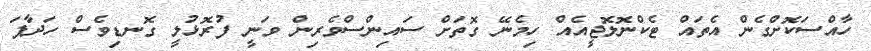
ހާއްސަކޮށްގެން އެތައް ޓެކްނޮލޮޖީއެއް ހިމެނޭ ގޮތަށް ސައިންސްވެރިން ވަނީ ފުރޮޅުލީ ގޮނޑިވެސް ހަދާފަ